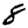
Digit: 8